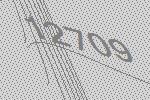
12709